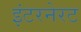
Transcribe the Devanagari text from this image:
इंटरनेरट